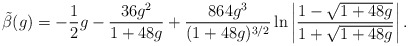
\begin{align*}\tilde{\beta}(g) =-\frac{1}{2}g -\frac{36g^2}{1+48g}+ \frac{864g^3}{(1+48g)^{3/2}}\ln\left| \frac{1-\sqrt{1+48g} }{1+\sqrt{1+48g} } \right| .\end{align*}